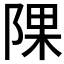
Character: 𨺁